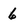
Character: 6